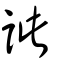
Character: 訿